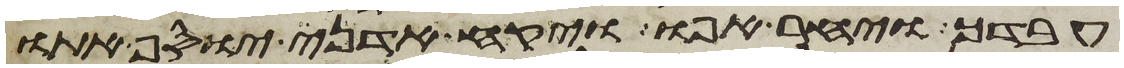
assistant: עבדך ויחר אפו ויקח אדני יוסף אתו